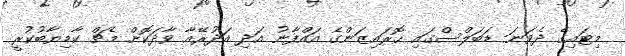
މިޓައިގެ ދެވަނަ ޑަބަލްސްގައި ހޮރައިޒަންގެ އައްފާނު އަދި އަދުރޭއާ ވާދަކޮށް މެޗް ކާމިޔާބުކުރީ